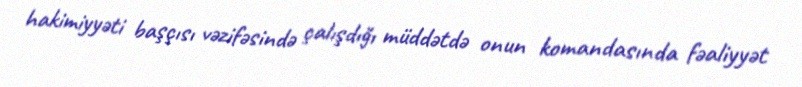
hakimiyyəti başçısı vəzifəsində çalışdığı müddətdə onun komandasında fəaliyyət